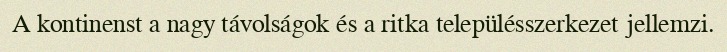
A kontinenst a nagy távolságok és a ritka településszerkezet jellemzi.